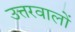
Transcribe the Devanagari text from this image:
उत्तरवालों